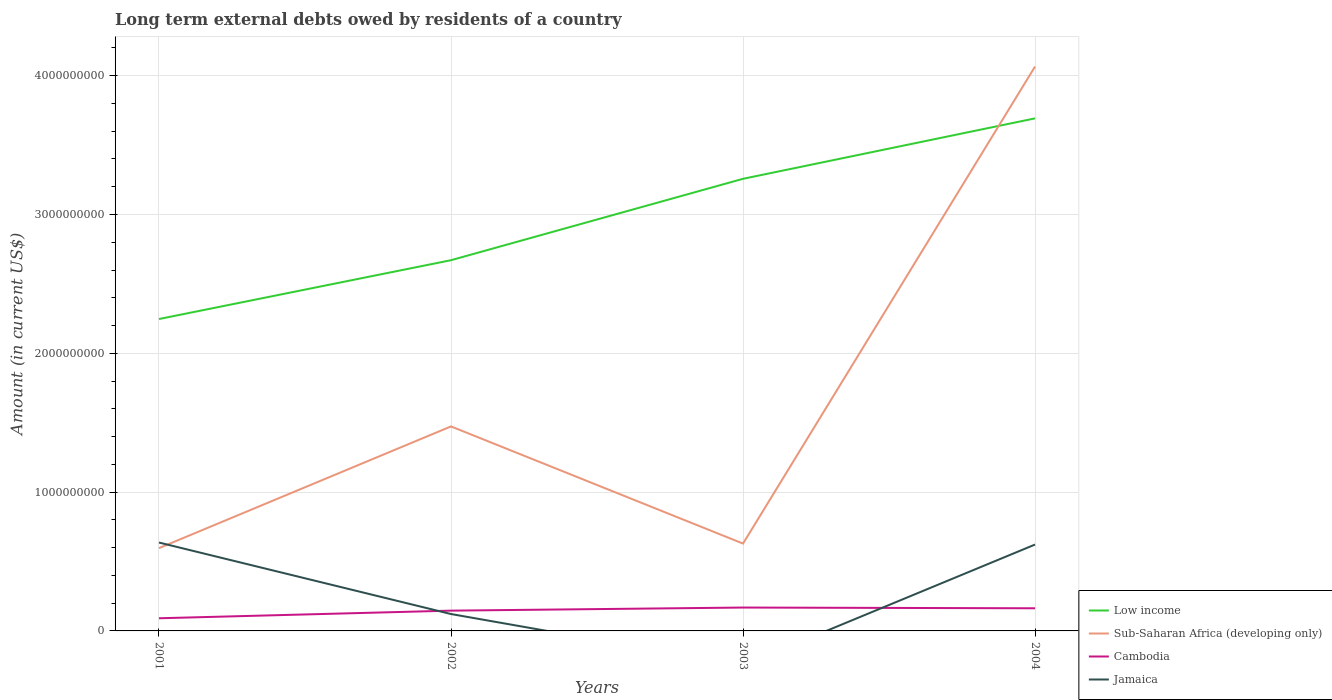
| Years | Low income | Sub-Saharan Africa (developing only) | Cambodia | Jamaica |
 | --- | --- | --- | --- | --- |
 | 2001 | 2.25e+09 | 5.96e+08 | 9.11e+07 | 6.37e+08 |
 | 2002 | 2.67e+09 | 1.47e+09 | 1.46e+08 | 1.22e+08 |
 | 2003 | 3.26e+09 | 6.29e+08 | 1.68e+08 | -2.48e+08 |
 | 2004 | 3.69e+09 | 4.07e+09 | 1.63e+08 | 6.22e+08 |